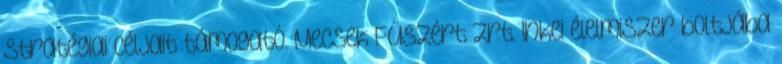
stratégiai céljait támogató. Mecsek Füszért Zrt. Inkei élelmiszer boltjába